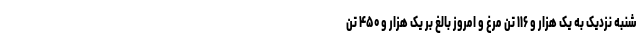
شنبه نزدیک به یک هزار و ۱۱۶ تن مرغ و امروز بالغ بر یک هزار و ۴۵۰ تن